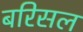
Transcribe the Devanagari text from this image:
बरिसल